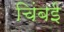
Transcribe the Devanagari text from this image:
चिंबई